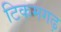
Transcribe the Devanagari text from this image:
टिकमगढ़